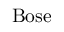
\mathrm { B o s e }